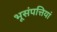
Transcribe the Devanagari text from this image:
भूसंपत्तियां